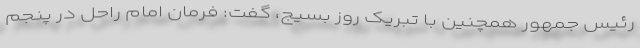
رئیس جمهور همچنین با تبریک روز بسیج، گفت: فرمان امام راحل در پنجم